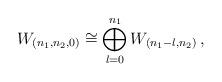
LaTeX: \begin{align*} W_{(n_1,n_2,0)} \cong \bigoplus_{l=0}^{n_1} W_{(n_1-l,n_2)} \,,\end{align*}